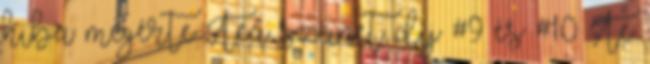
hiba megérte Tea szünet díj #9 és #10 Te